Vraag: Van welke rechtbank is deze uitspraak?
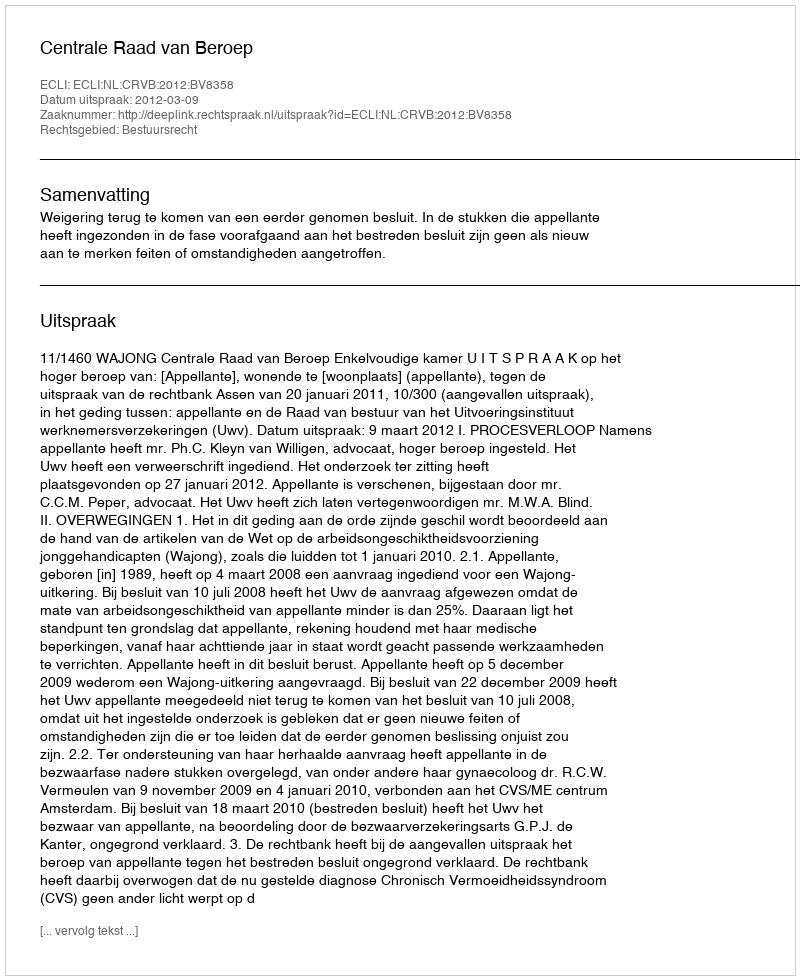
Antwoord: Centrale Raad van Beroep